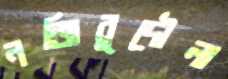
নজিবুদৌলা